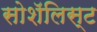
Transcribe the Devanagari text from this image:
सोशॅलिस्ट